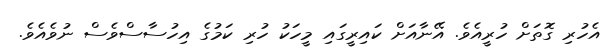
އެހުރި ގޮތަށް ހުރީއެވެ. އޭނާއަށް ކައިރީގައި މީހަކު ހުރި ކަމުގެ އިހުސާސްވެސް ނުވެއެވެ.